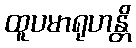
ထူပမာရုဟန္တိ